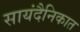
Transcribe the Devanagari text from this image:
सायंदैनिकात